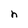
Character: h